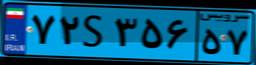
۷۲S۳۵۶۵۷